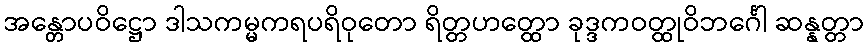
အန္တောပဝိဋ္ဌော ဒါသကမ္မကရပရိဝုတော ရိတ္တဟတ္ထော ခုဒ္ဒကဝတ္ထုဝိဘင်္ဂေါ ဆန္နတ္တာ